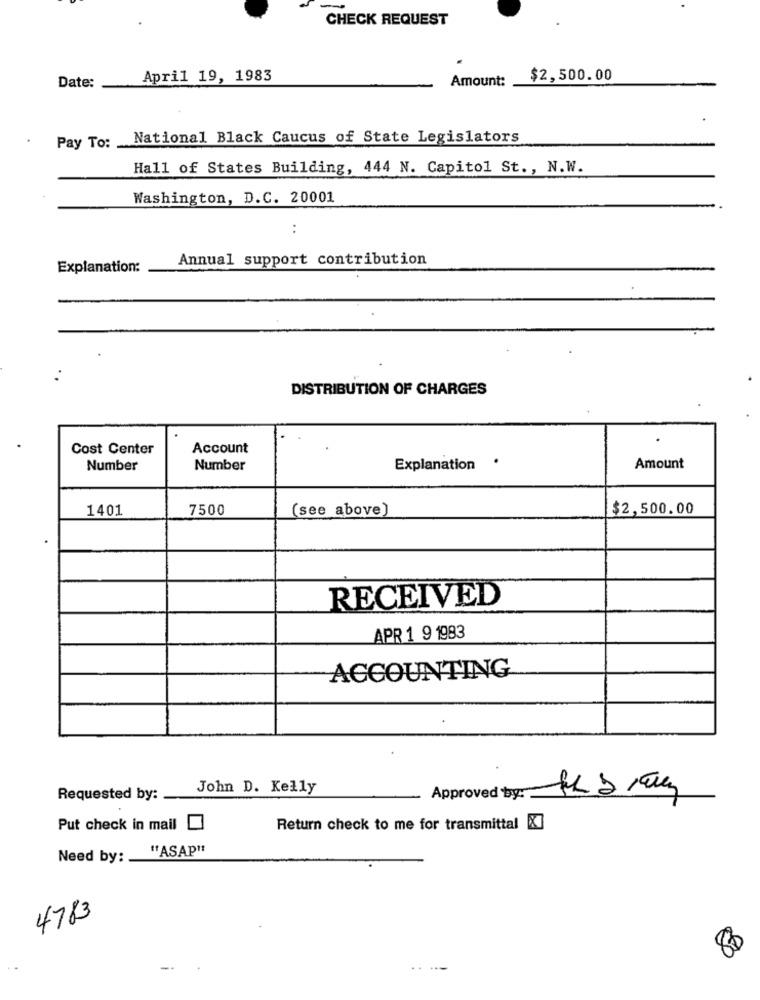
CHECK REQUEST
Date:
April 19, 1983
Amount:
$2,500.00
Pay To: National Black Caucus of State Legislators
Hall of States Building, 444 N. Capitol St. , N.W.
Washington, D.C. 20001
:
Annual support contribution
Explanation:
DISTRIBUTION OF CHARGES
Cost Center
Account
Number
Number
Explanation .
Amount
1401
7500
(see above)
$2,500.00
RECEIVED
APR 1 9 1983
ACCOUNTING
John D. Kelly
Requested by:
Approved by:
Put check in mail
Return check to me for transmittal X]
"ASAP"
Need by: .
4783